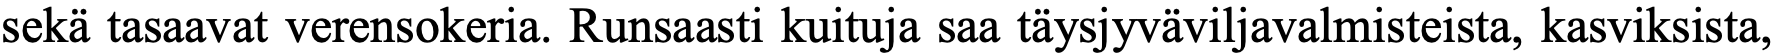
sekä tasaavat verensokeria. Runsaasti kuituja saa täysjyväviljavalmisteista, kasviksista,